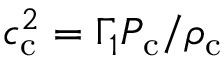
c _ { \mathrm { c } } ^ { 2 } = \Gamma _ { 1 } P _ { \mathrm { c } } / \rho _ { \mathrm { c } }